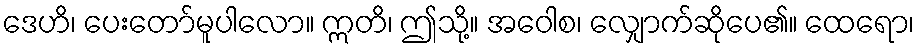
ဒေဟိ၊ ပေးတော်မူပါလော။ ဣတိ၊ ဤသို့။ အဝေါစ၊ လျှောက်ဆိုပေ၏။ ထေရော၊